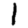
Digit: 1